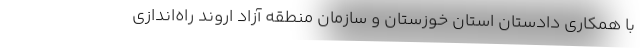
با همکاری دادستان استان خوزستان و سازمان منطقه آزاد اروند راه‌اندازی